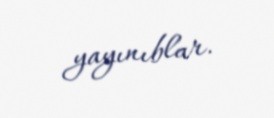
yayınıblar.